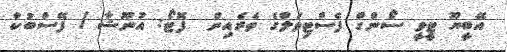
އޭބީޔޫ ޓީވީ ސޯންގް ފެސްޓިވަލްގެ ތެރެއިން  ފޮޓޯ: އުނޫޝާ / ފޭސްބުކް